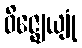
ဝိဇ္ဈေယျုံ